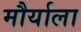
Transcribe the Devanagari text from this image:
मौर्याला